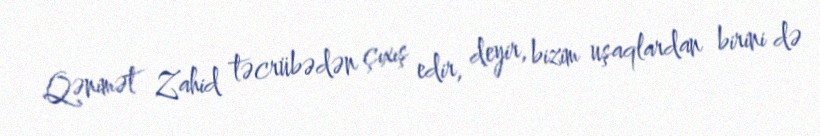
Qənimət Zahid təcrübədən çıxış edir, deyir, bizim uşaqlardan birini də